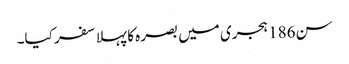
سن186 ہجری میں بصرہ کا پہلا سفر کیا۔